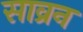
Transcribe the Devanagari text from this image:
साव्रन